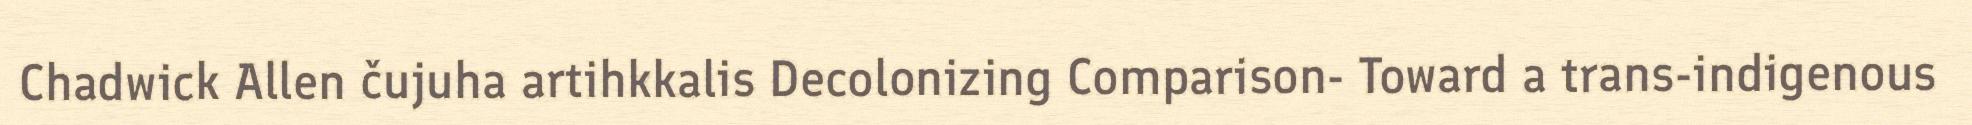
Chadwick Allen čujuha artihkkalis Decolonizing Comparison- Toward a trans-indigenous